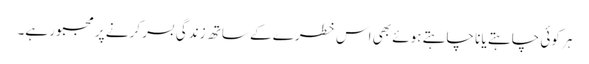
ہر کوئی چاہتے یا نا چاہتے ہوئے بھی اس خطرے کے ساتھ زندگی بسر کرنے پر مجبور ہے۔